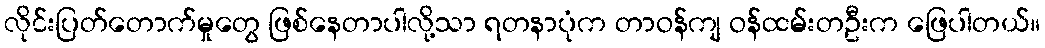
လိုင်းပြတ်တောက်မှုတွေ ဖြစ်နေတာပါလို့သာ ရတနာပုံက တာဝန်ကျ ဝန်ထမ်းတဦးက ဖြေပါတယ်။